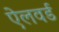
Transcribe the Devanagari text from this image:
ऐलवर्ड